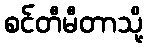
စင်တီမီတာသို့